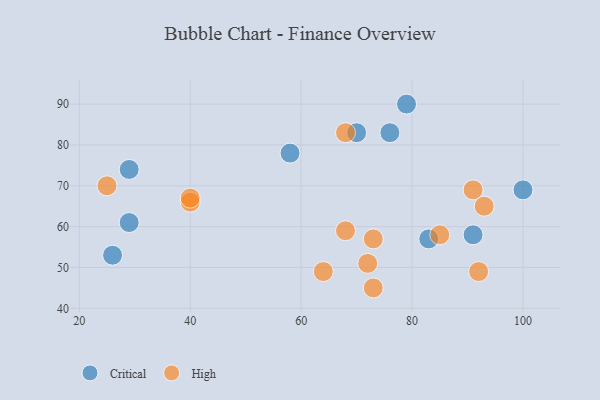
{"axis": {"x": "GDP", "y": "Life Expectancy"}, "legend": ["Critical", "High"], "data": [{"x": "70", "y": 83, "type": "Critical"}, {"x": "26", "y": 53, "type": "Critical"}, {"x": "79", "y": 90, "type": "Critical"}, {"x": "29", "y": 61, "type": "Critical"}, {"x": "83", "y": 57, "type": "Critical"}, {"x": "76", "y": 83, "type": "Critical"}, {"x": "100", "y": 69, "type": "Critical"}, {"x": "29", "y": 74, "type": "Critical"}, {"x": "91", "y": 58, "type": "Critical"}, {"x": "58", "y": 78, "type": "Critical"}, {"x": "68", "y": 59, "type": "High"}, {"x": "91", "y": 69, "type": "High"}, {"x": "40", "y": 66, "type": "High"}, {"x": "73", "y": 45, "type": "High"}, {"x": "85", "y": 58, "type": "High"}, {"x": "25", "y": 70, "type": "High"}, {"x": "73", "y": 57, "type": "High"}, {"x": "92", "y": 49, "type": "High"}, {"x": "40", "y": 67, "type": "High"}, {"x": "68", "y": 83, "type": "High"}, {"x": "64", "y": 49, "type": "High"}, {"x": "93", "y": 65, "type": "High"}, {"x": "72", "y": 51, "type": "High"}]}